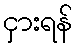
ငှားရန်